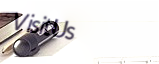
VisitUs